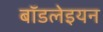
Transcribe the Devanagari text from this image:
बॉडलेइयन